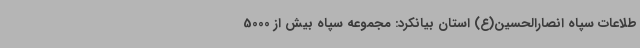
طلاعات سپاه انصارالحسین(ع) استان بیانکرد: مجموعه سپاه بیش از 5000